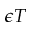
\epsilon T